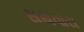
સથવારા